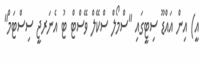
އީ) އިން އައްޑޫ ސިޓީގައި "ސްމޯލް ސްކޭލް ވޭސްޓް ޓު އެނަރޖީ ސިސްޓަމް"